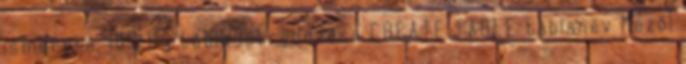
ismerete. 109 Új tábla létrehozása CREATE TABLE táblanév Mező1